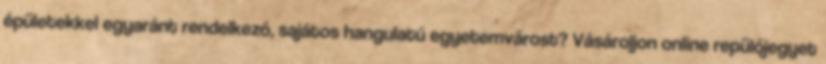
épületekkel egyaránt rendelkező, sajátos hangulatú egyetemvárost? Vásároljon online repülőjegyet